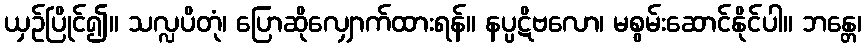
ယှဉ်ပြိုင်၍။ သလ္လပိတုံ၊ ပြောဆိုလျှောက်ထားရန်။ နပ္ပဋိဗလော၊ မစွမ်းဆောင်နိုင်ပါ။ ဘန္တေ၊